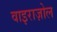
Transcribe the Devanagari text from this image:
वाइराज़ोल